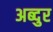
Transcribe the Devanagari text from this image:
अब्‍दुर